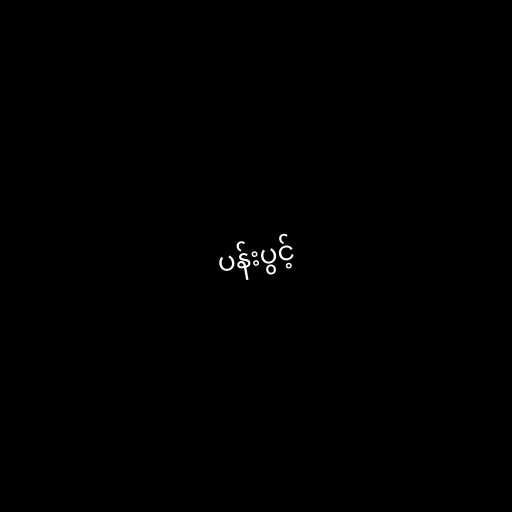
ပန်းပွင့်